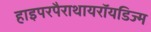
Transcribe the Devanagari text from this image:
हाइपरपैराथायरॉयडिज्म